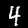
Label: 4